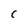
Character: C